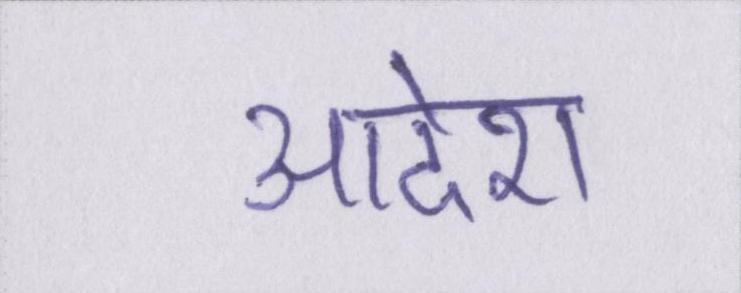
आदेश